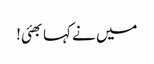
میں نے کہا بھئی!